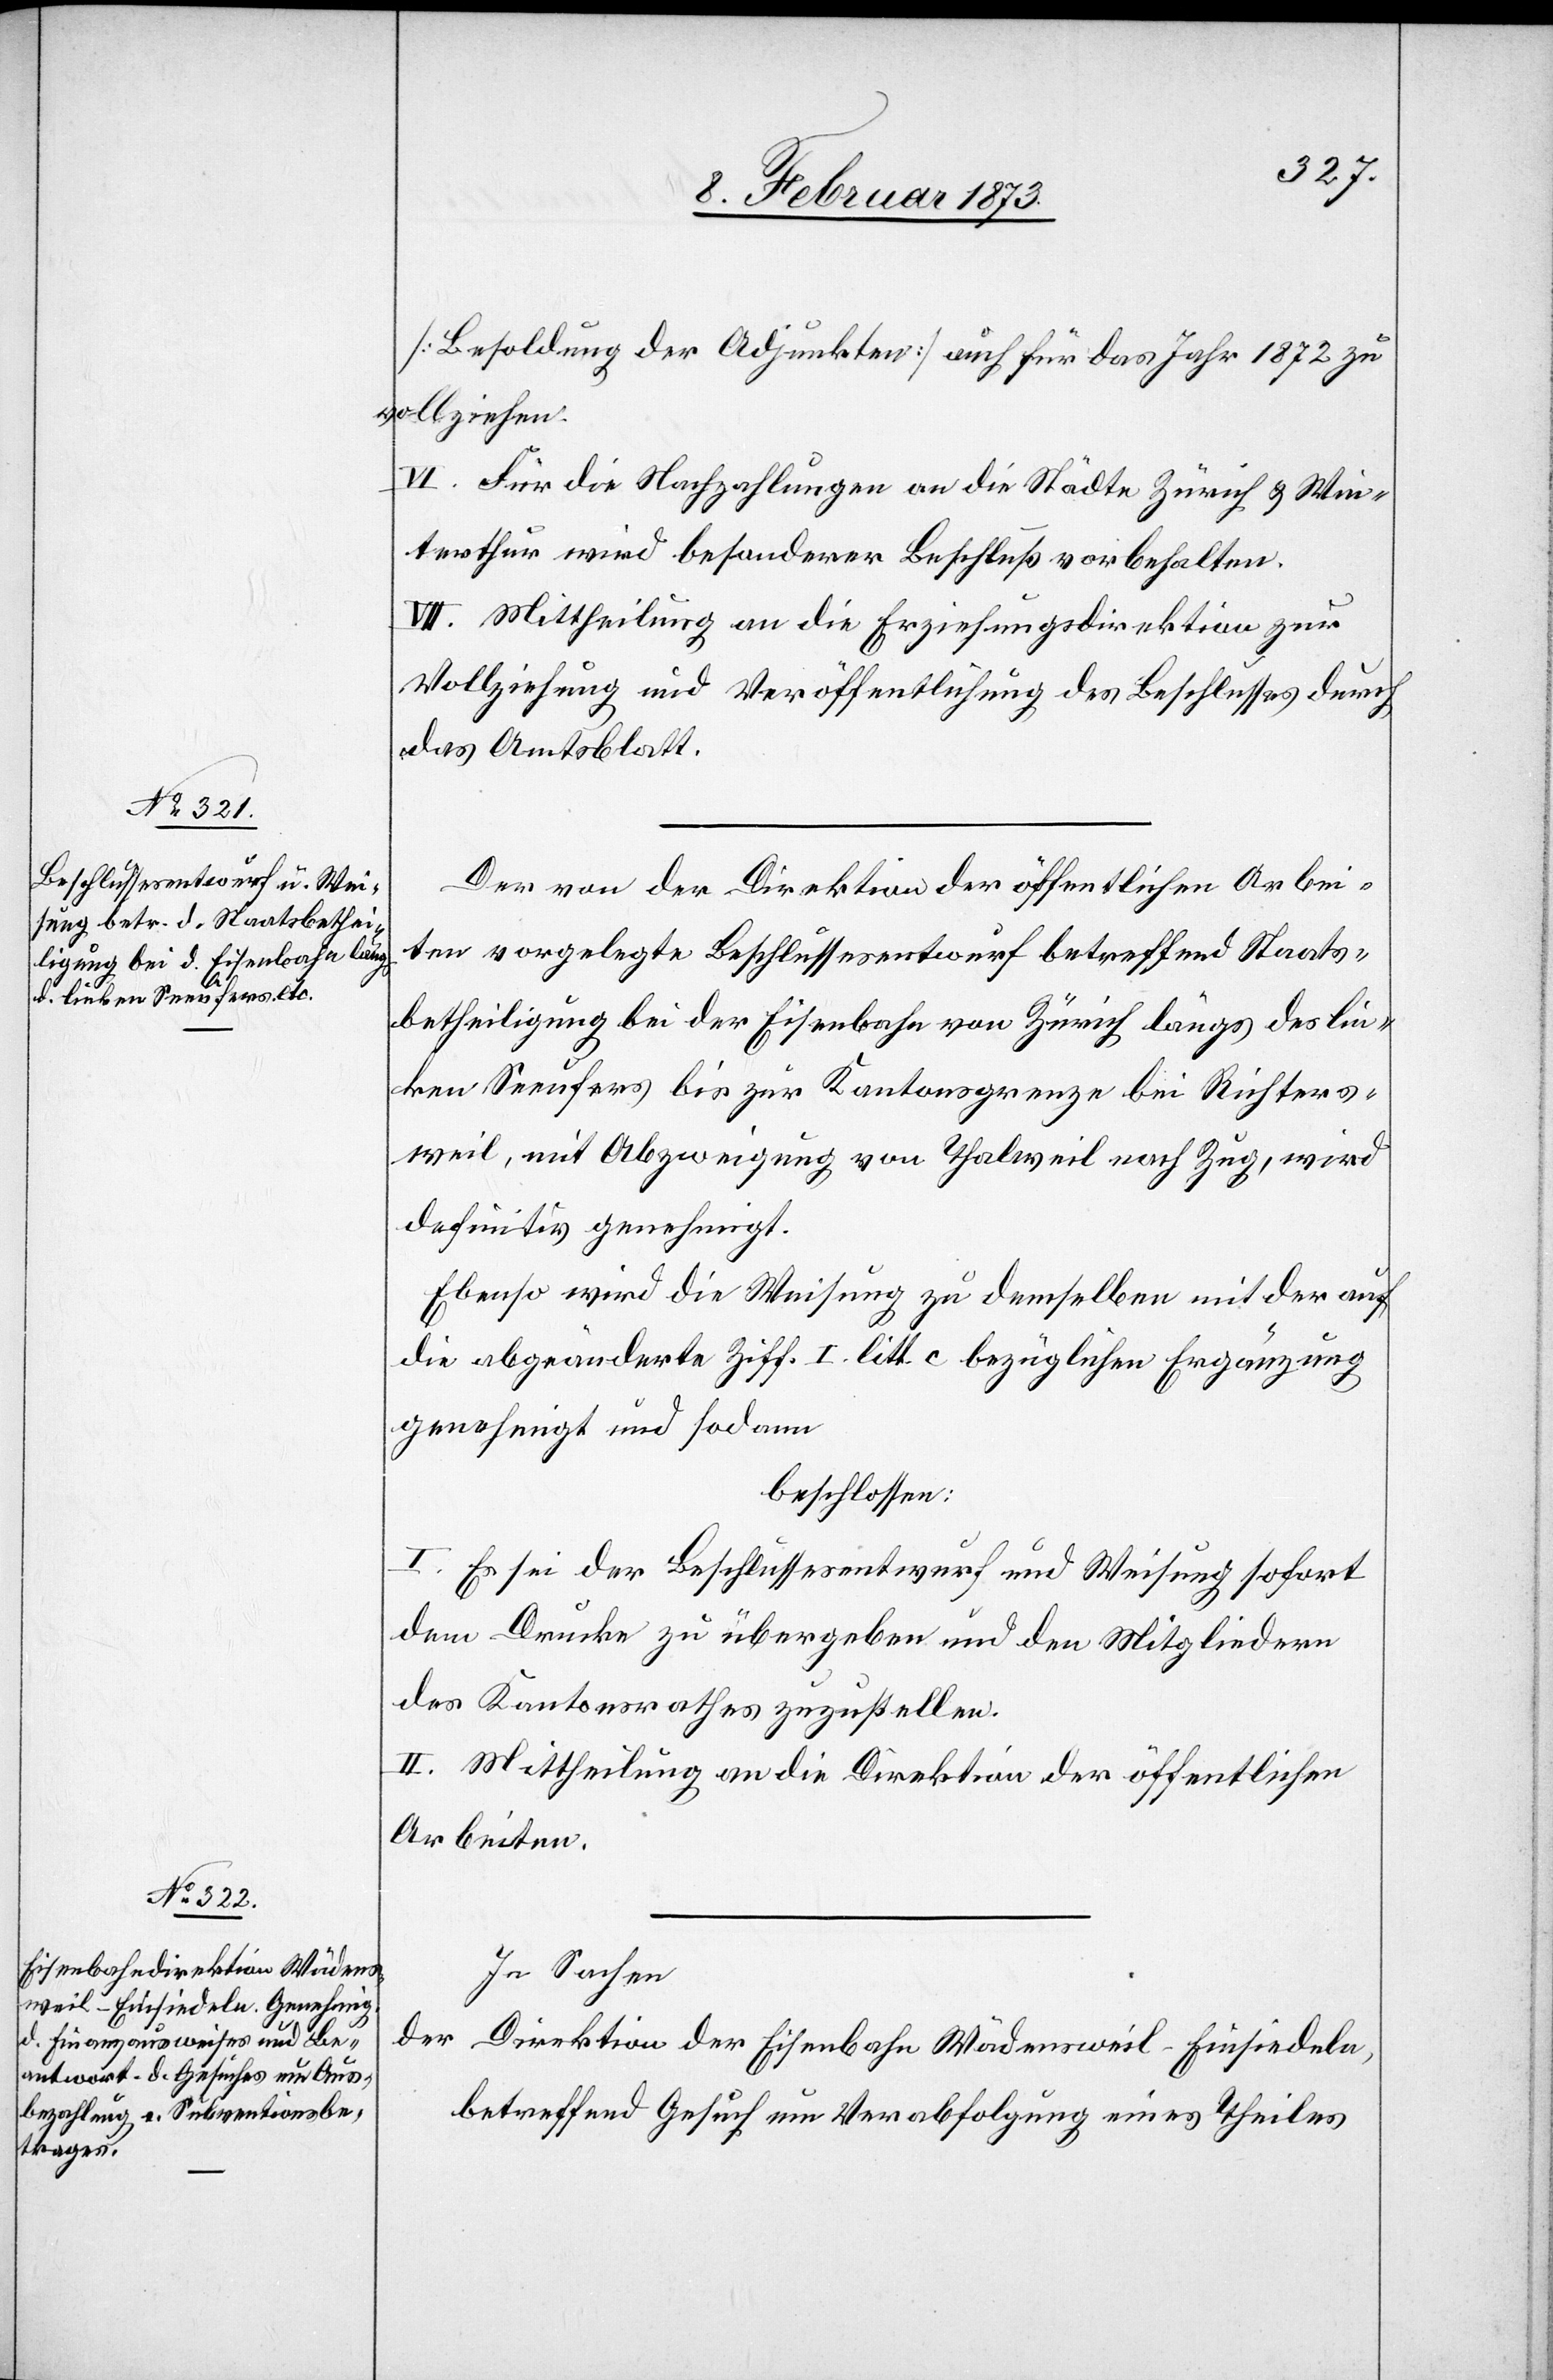
[Besoldung der Adjunkten] auch für das Jahr 1872 zu
vollziehen.
VI. Für die Nachzahlungen an die Städte Zürich u. Win¬
terthur wird besonderer Beschluß vorbehalten.
VII. Mittheilung an die Erziehungsdirektion zur
Vollziehung und Veröffentlichung des Beschlusses durch
das Amtsblatt.
Der von der Direktion der öffentlichen Arbei¬
ten vorgelegte Beschlussesentwurf betreffend Staats¬
betheiligung bei der Eisenbahn von Zürich längs des lin¬
ken Seeufers bis zur Kantonsgrenze bei Richters¬
weil, mit Abzweigung von Thalweil nach Zug wird
definitiv genehmigt.
Ebenso wird die Weisung zu demselben mit der auf
die abgeänderte Ziff. I. litt. c bezüglichen Ergänzung
genehmigt und sodann
beschlossen:
I. Es sei der Beschlussesentwurf und Weisung sofort
dem Drucke zu übergeben und den Mitgliedern
des Kantonsrathes zuzustellen.
II. Mittheilung an die Direktion der öffentlichen
Arbeiten.
In Sachen
der Direktion der Eisenbahn Wädensweil–Einsiedeln,
betreffend Gesuch um Verabfolgung eines Theiles